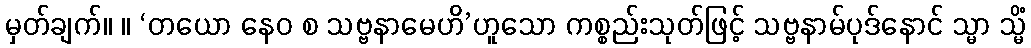
မှတ်ချက်။ ။ ‘တယော နေဝ စ သဗ္ဗနာမေဟိ’ဟူသော ကစ္စည်းသုတ်ဖြင့် သဗ္ဗနာမ်ပုဒ်နောင် သ္မာ သ္မိံ